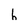
Character: h